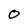
Character: O